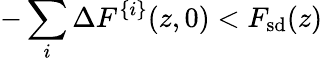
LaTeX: -\sum_{i}\Delta F^{\{ i\} }(z,0)<F_{\mathrm{sd}}(z)